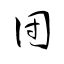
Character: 団